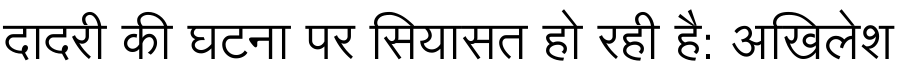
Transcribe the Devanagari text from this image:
दादरी की घटना पर सियासत हो रही है: अखिलेश